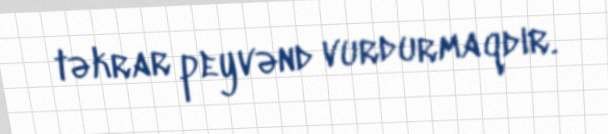
təkrar peyvənd vurdurmaqdır.